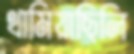
থামিয়াছিলি